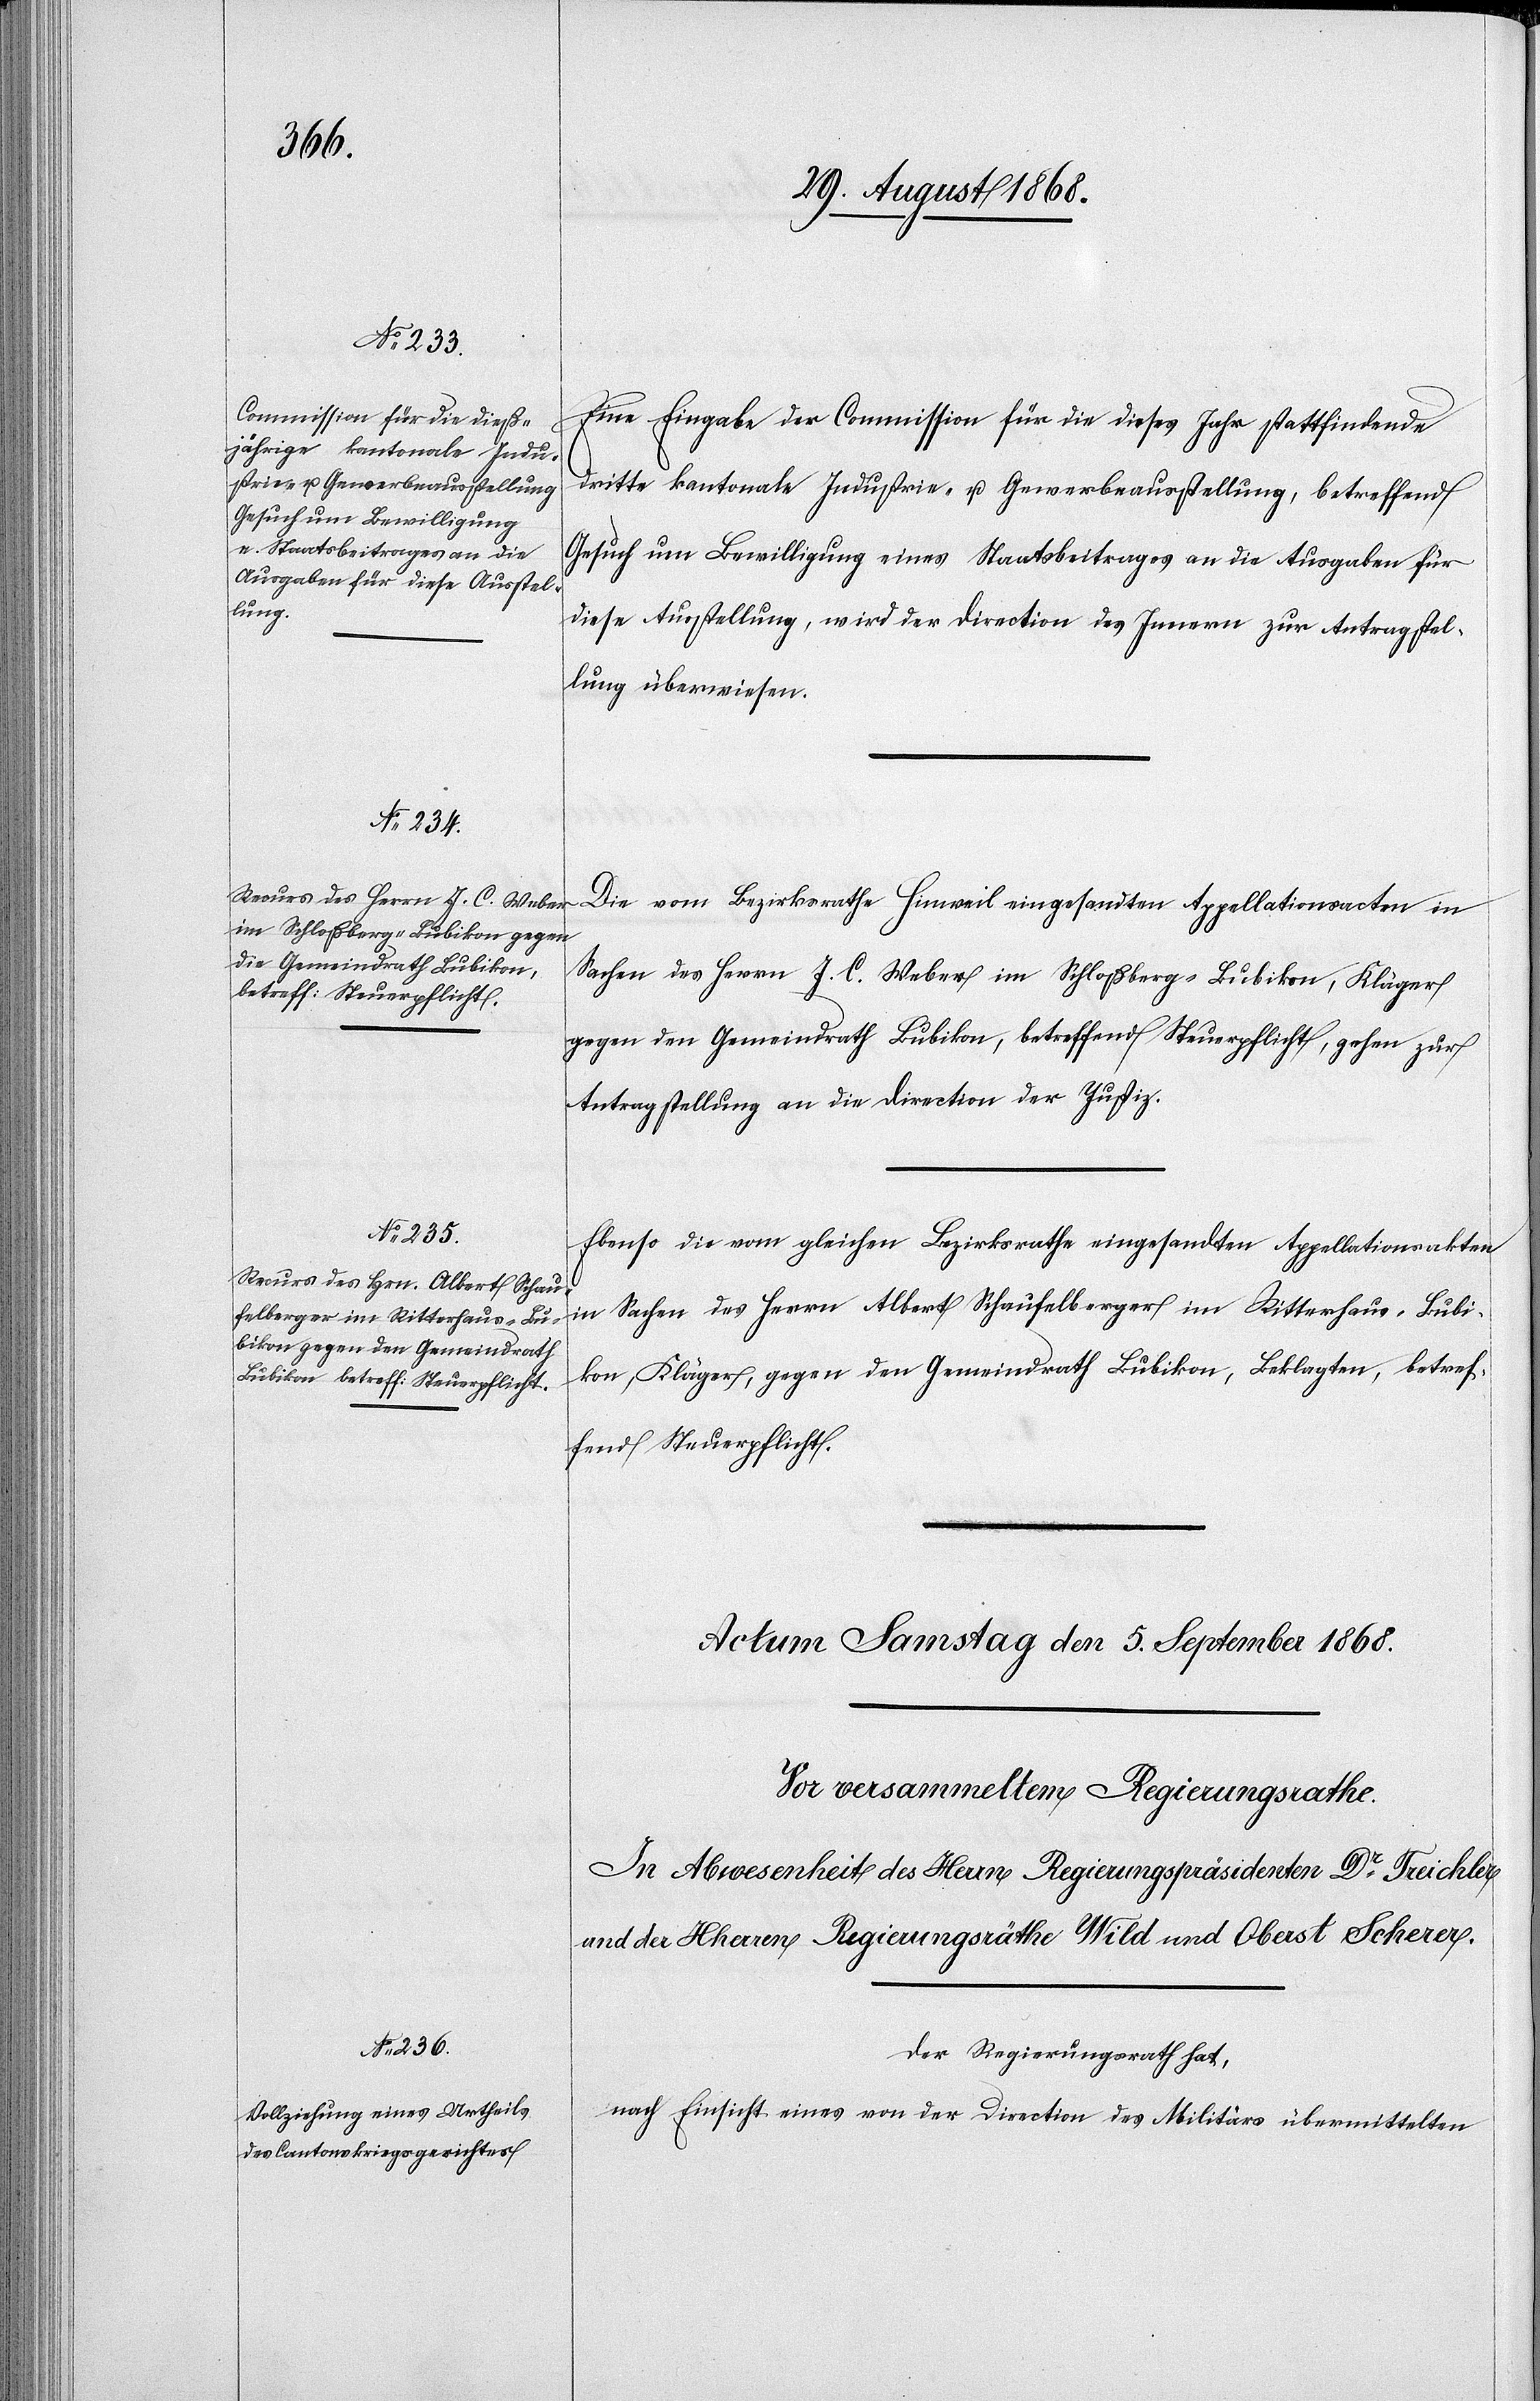
3.

Eine Eingabe der Commission für die dieses Jahr stattfindende
dritte kantonale Industrie- u. Gewerbeausstellung, betreffend
Gesuch um Bewilligung eines Staatsbeitrages an die Ausgaben für
diese Ausstellung, wird der Direction des Innern zur Antragstel¬
lung überwiesen.
Die vom Bezirksrathe Hinweil eingesandten Appellationsacten in
Sachen des Herrn J. C. Weber im Schloßberg - Bubikon, Kläger
gegen den Gemeindrath Bubikon, betreffend Steuerpflicht, gehen zur
Antragstellung an die Direction der Justiz.
Ebenso die vom gleichen Bezirksrathe eingesandten Appellationsakten
in Sachen des Herrn Albert Schaufelberger im Ritterhaus - Bubi¬
kon, Kläger, gegen den Gemeindrath Bubikon, Beklagten, betref¬
fend Steuerpflicht.
Der Regierungsrath hat,
nach Einsicht eines von der Direction des Militärs übermittelten